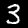
Label: 3